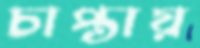
চাপ্তায়